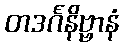
တဒင်္ဂနိဗ္ဗာနံ